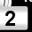
Digit: 2